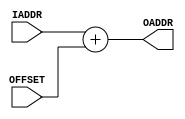
module dataMemoryAddressCalculator(
IADDR   ,   // Input Address (Input)
OFFSET  ,	// Offset (Input)
OADDR       // Output Address (Output)
);

parameter ADDR_WIDTH = 11;

//--------------Input Ports----------------------------
input   [ADDR_WIDTH-1:0]    IADDR;
input   [ADDR_WIDTH-1:0]    OFFSET;

//--------------Output Ports---------------------------
output wire [ADDR_WIDTH-1:0]    OADDR;

//-------------Processing Starts Here------------------

// Multiplexer Selection Continuos Assign
assign OADDR = IADDR + OFFSET;

endmodule